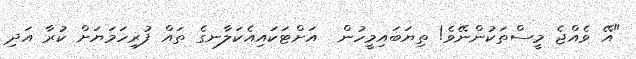
"އޭ ވެއްޖެ މީސްތަކުންނޭވެ! ތިޔަބައިމީހުން  އަށްޓަކައިއެކަލާނގެ ތައް ފުރިހަމަޔަށް ކުރާ އަދި